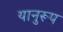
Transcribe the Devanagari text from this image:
यानुरूप